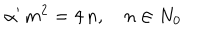
\alpha ^ { \prime } \, m ^ { 2 } = 4 \, n , \quad n \in N _ { 0 }